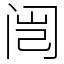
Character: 闿